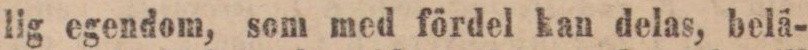
lig egendom, som med fördel kan delas, belä-